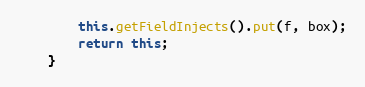
Language: Java
		this.getFieldInjects().put(f, box);
		return this;
	}